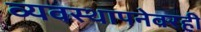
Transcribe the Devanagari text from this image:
व्यवस्थापनेवरही